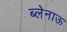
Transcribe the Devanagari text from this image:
ब्लेनाऊ